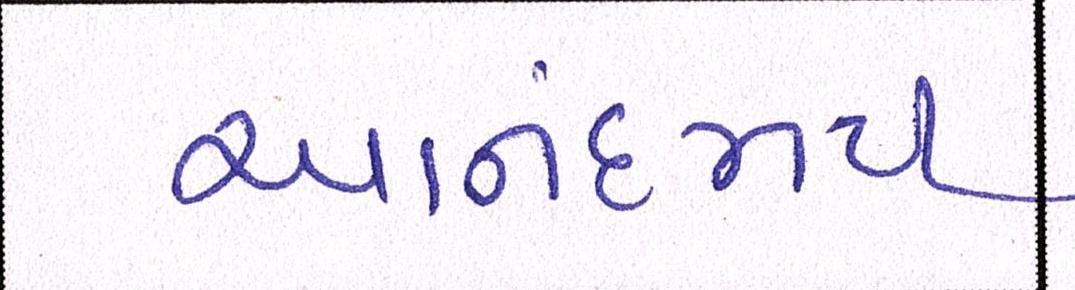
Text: આનંદમય